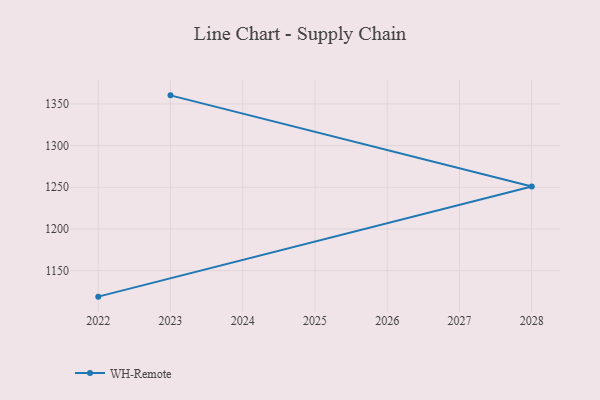
{"axis": {"x": "Year", "y": "Gross Profit (USD K)"}, "legend": ["WH-Remote"], "data": [{"x": "2022", "y": 1118.8, "type": "WH-Remote"}, {"x": "2028", "y": 1250.9, "type": "WH-Remote"}, {"x": "2023", "y": 1360.3, "type": "WH-Remote"}]}